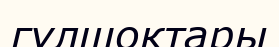
гүлшоқтары